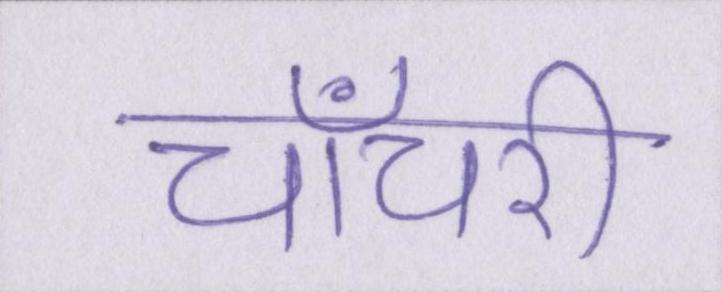
चाँचरी